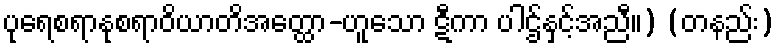
ပုရေစရာနုစရာဝိယာတိအတ္ထော-ဟူသော ဋီကာ ပါဌ်နှင့်အညီ။) (တနည်း)